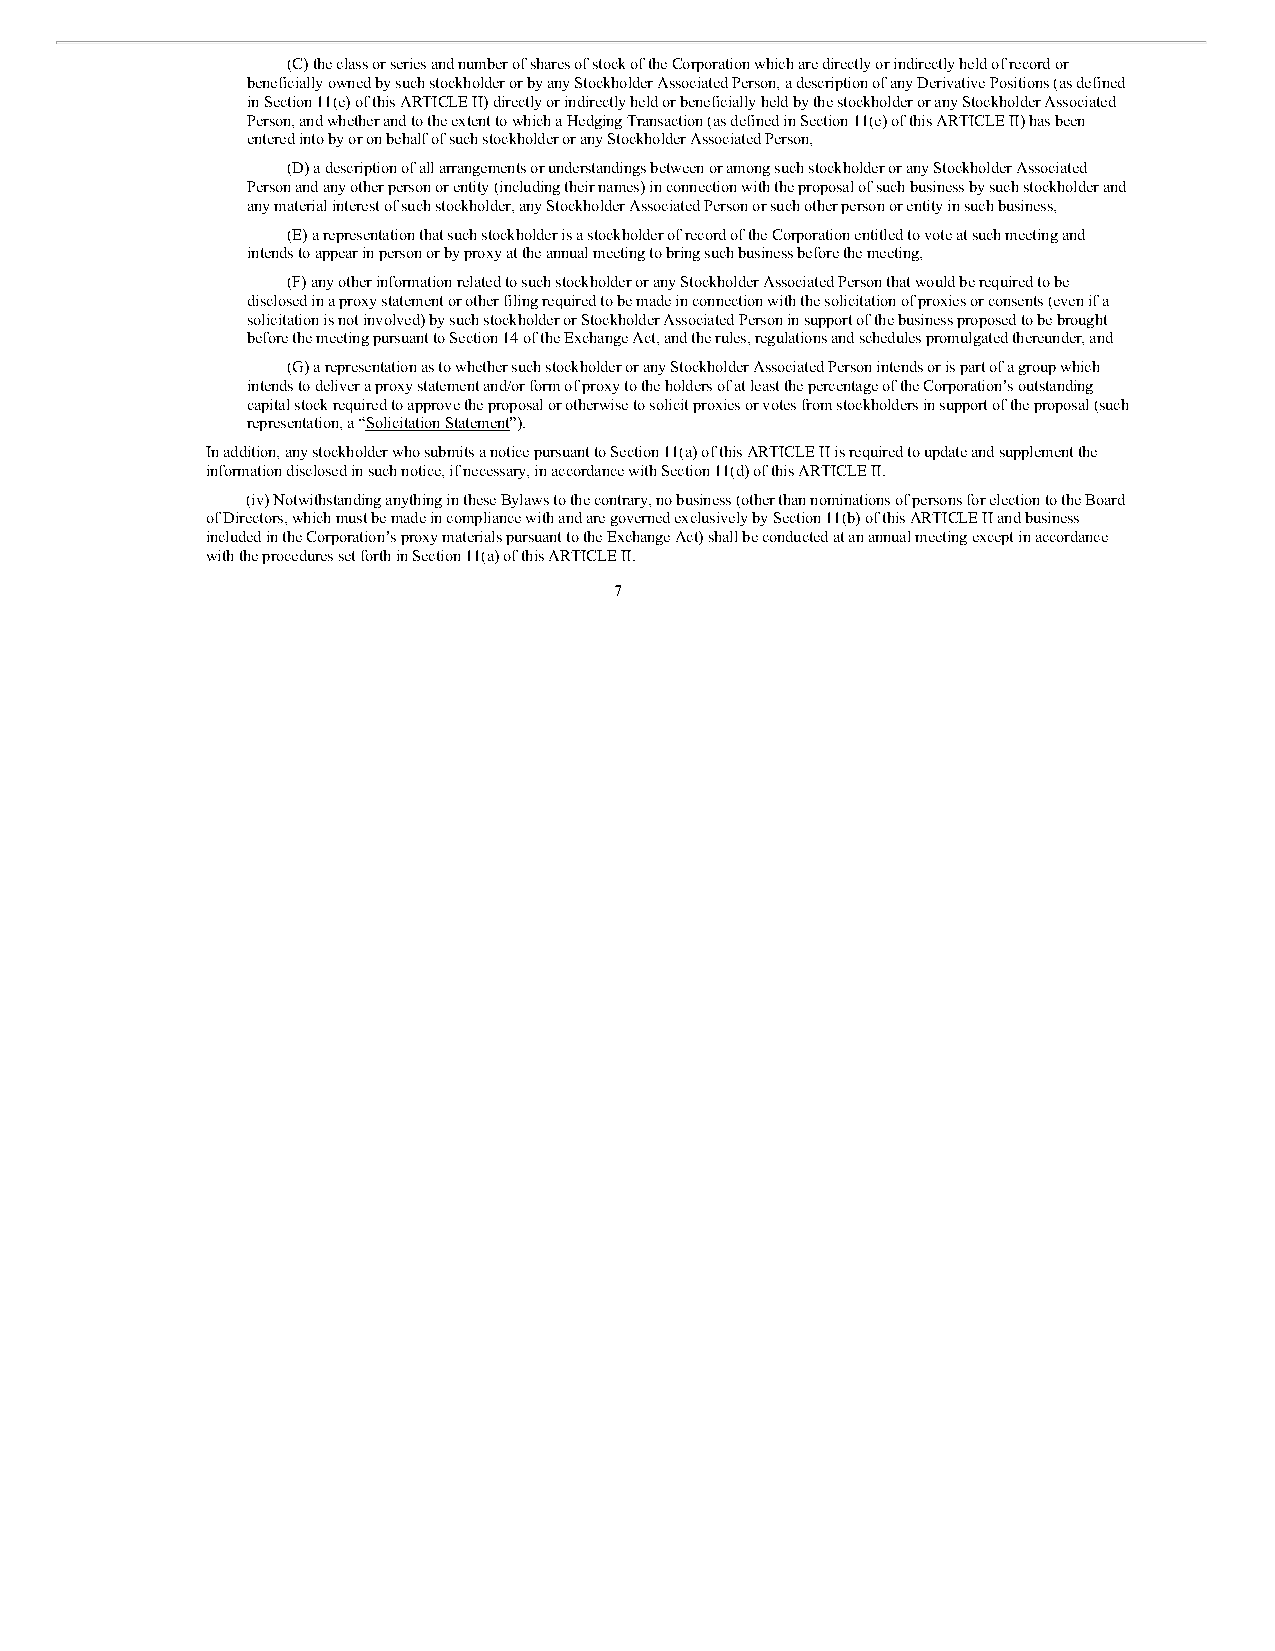
(C) the class or series and number of shares of stock of the Corporation which are directly or indirectly held of record or
 beneficially owned by such stockholder or by any Stockholder Associated Person, a description of any Derivative Positions (as defined
 in Section 11(e) of this ARTICLE II) directly or indirectly held or beneficially held by the stockholder or any Stockholder Associated
 Person, and whether and to the extent to which a Hedging Transaction (as defined in Section 11(e) of this ARTICLE II) has been
 entered into by or on behalf of such stockholder or any Stockholder Associated Person,
 (D) a description of all arrangements or understandings between or among such stockholder or any Stockholder Associated
 Person and any other person or entity (including their names) in connection with the proposal of such business by such stockholder and
 any material interest of such stockholder, any Stockholder Associated Person or such other person or entity in such business,
 (E) a representation that such stockholder is a stockholder of record of the Corporation entitled to vote at such meeting and
 intends to appear in person or by proxy at the annual meeting to bring such business before the meeting,
 (F) any other information related to such stockholder or any Stockholder Associated Person that would be required to be
 disclosed in a proxy statement or other filing required to be made in connection with the solicitation of proxies or consents (even if a
 solicitation is not involved) by such stockholder or Stockholder Associated Person in support of the business proposed to be brought
 before the meeting pursuant to Section 14 of the Exchange Act, and the rules, regulations and schedules promulgated thereunder, and
 (G) a representation as to whether such stockholder or any Stockholder Associated Person intends or is part of a group which
 intends to deliver a proxy statement and/or form of proxy to the holders of at least the percentage of the Corporation’s outstanding
 capital stock required to approve the proposal or otherwise to solicit proxies or votes from stockholders in support of the proposal (such
 representation, a “Solicitation Statement”).
 In addition, any stockholder who submits a notice pursuant to Section 11(a) of this ARTICLE II is required to update and supplement the
 information disclosed in such notice, if necessary, in accordance with Section 11(d) of this ARTICLE II.
 (iv) Notwithstanding anything in these Bylaws to the contrary, no business (other than nominations of persons for election to the Board
 of Directors, which must be made in compliance with and are governed exclusively by Section 11(b) of this ARTICLE II and business
 included in the Corporation’s proxy materials pursuant to the Exchange Act) shall be conducted at an annual meeting except in accordance
 with the procedures set forth in Section 11(a) of this ARTICLE II.
 7